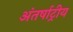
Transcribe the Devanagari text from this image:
अंतर्षाट्रीय